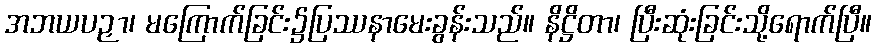
အဘယပဉှာ၊ မကြောက်ခြင်း၌ပြဿနာမေးခွန်းသည်။ နိဋ္ဌိတာ၊ ပြီးဆုံးခြင်းသို့ရောက်ပြီ။